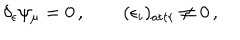
\delta _ { \epsilon } \psi _ { \mu } = 0 \, , \qquad ( \epsilon _ { i } ) _ { \mathrm { a t t r } } \neq 0 \, ,